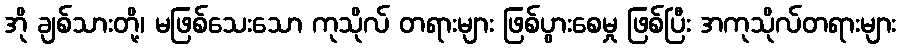
အို ချစ်သားတို့၊ မဖြစ်သေးသော ကုသိုလ် တရားများ ဖြစ်ပွားစေမှု ဖြစ်ပြီး အကုသိုလ်တရားများ